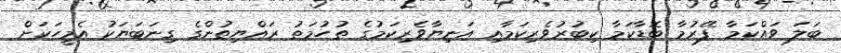
ބަލަ ވައްކަމާ ފޭރުމާ ބޮޑާކަމާ ކިބުރުވެރިކަމާއި އަނިޔާވެރިކަމުގެ ތުހުމަތު ރައްޔިތުންގެ ގިނަބަޔަކު އެމީހަކަށް